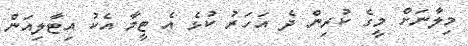
މިލާނަށް މީގެ ކުރިން ދެ އަހަރު ކުޅެ އެ ޓީމާ އެކު އިޓާލިއަން